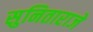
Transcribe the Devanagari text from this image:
सुनिताराजे